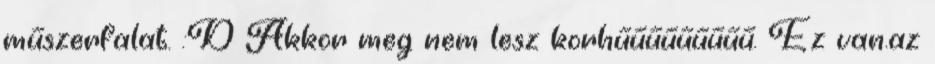
műszerfalat. :D Akkor meg nem lesz korhűűűűűűűűű. Ez van.az